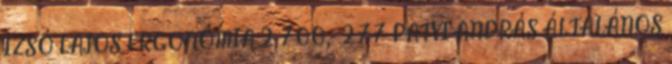
IZSÓ LAJOS ERGONÓMIA 2 700,- 277 PATYI ANDRÁS ÁLTALÁNOS